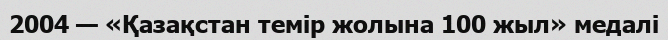
2004 — «Қазақстан темір жолына 100 жыл» медалі